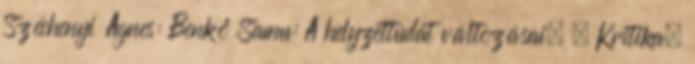
Széchenyi Ágnes: Benkő Samu: A helyzettudat változásai. = Kritika.